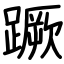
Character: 蹶